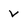
Character: v